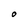
Character: O